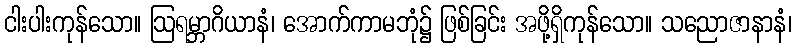
ငါးပါးကုန်သော။ ဩရမ္ဘာဂိယာနံ၊ အောက်ကာမဘုံ၌ ဖြစ်ခြင်း အဖို့ရှိကုန်သော။ သညောဇာနာနံ၊